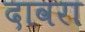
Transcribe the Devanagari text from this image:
दावरा